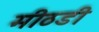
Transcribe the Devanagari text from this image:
मीठडी